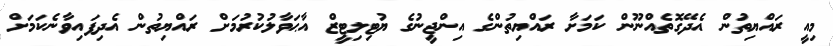
މިއީ ރައްޔިތުން އެދޭގޮތެއްނޫން ކަމަށާ ރައްޔިތުންގެ އިންޖީނުގެ ޔުޓިލިޓީޒް އާޙަވާލުކުރުމަށް ރައްޔިތުން އެދިފައިވާނެކަމަށް